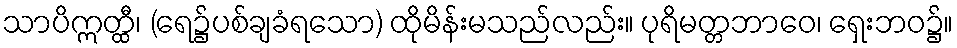
သာပိဣတ္ထီ၊ (ရေ၌ပစ်ချခံရသော) ထိုမိန်းမသည်လည်း။ ပုရိမတ္တဘာဝေ၊ ရှေးဘဝ၌။